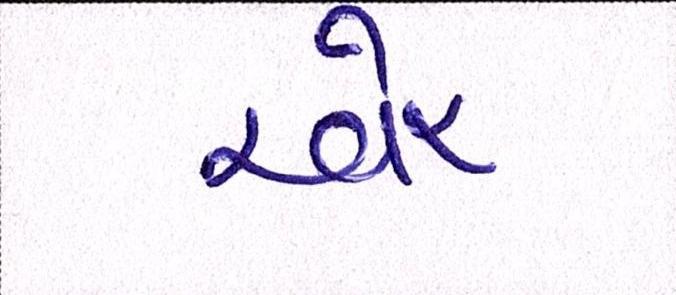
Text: ઍર